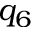
q _ { 6 }